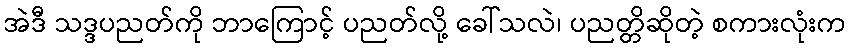
အဲဒီ သဒ္ဒပညတ်ကို ဘာကြောင့် ပညတ်လို့ ခေါ်သလဲ၊ ပညတ္တိဆိုတဲ့ စကားလုံးက